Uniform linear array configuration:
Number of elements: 64
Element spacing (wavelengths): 0.25
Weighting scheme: cosine
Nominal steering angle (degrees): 60
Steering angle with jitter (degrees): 58.223
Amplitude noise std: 0.05
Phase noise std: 0.05

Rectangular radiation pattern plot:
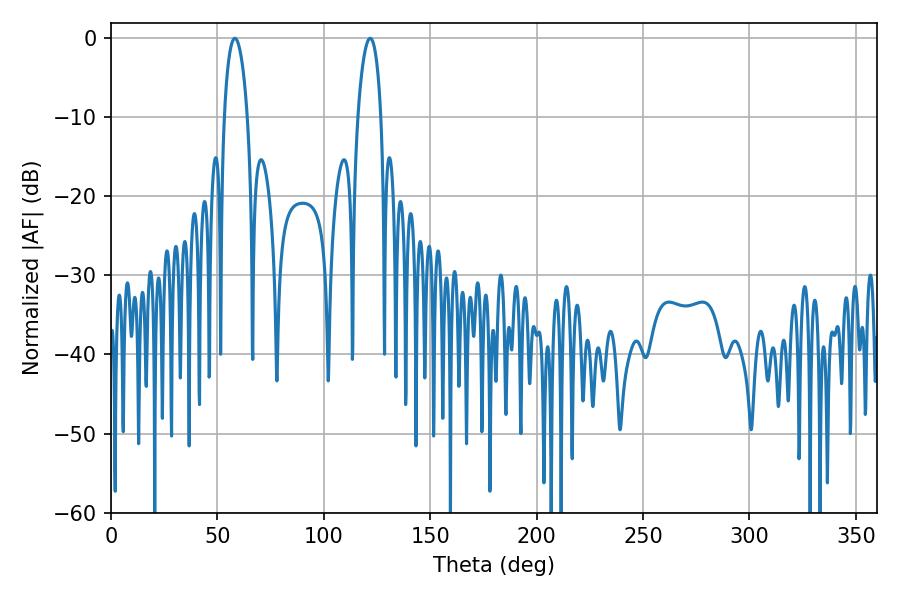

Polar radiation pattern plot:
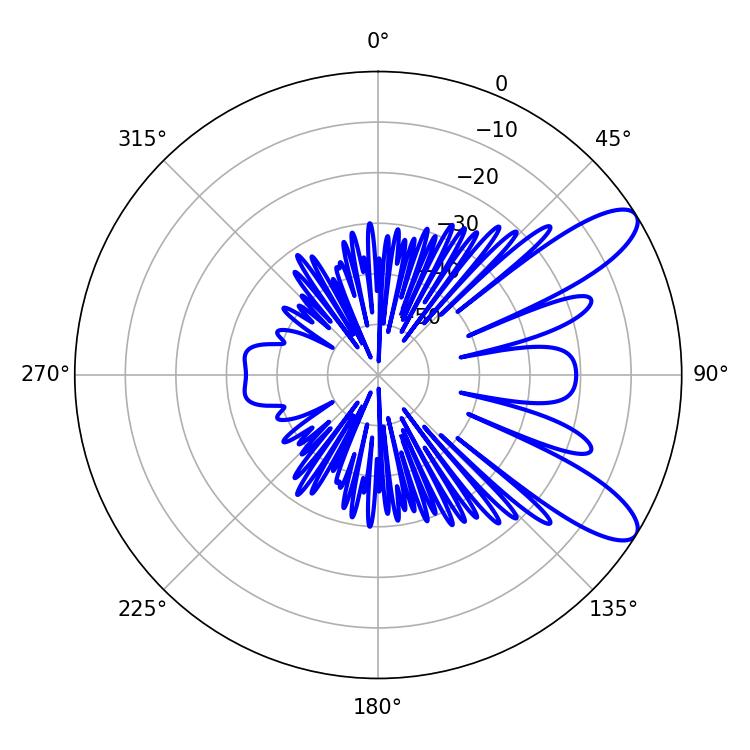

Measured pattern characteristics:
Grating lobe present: FALSE
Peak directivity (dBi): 9.913
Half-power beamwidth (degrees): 6.12
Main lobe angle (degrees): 58.14